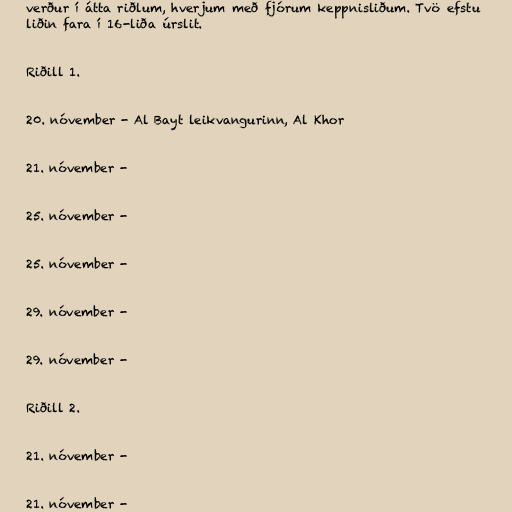
verður í átta riðlum, hverjum með fjórum keppnisliðum. Tvö efstu
liðin fara í 16-liða úrslit.

Riðill 1.

20. nóvember - Al Bayt leikvangurinn, Al Khor

21. nóvember -

25. nóvember -

25. nóvember -

29. nóvember -

29. nóvember -

Riðill 2.

21. nóvember -

21. nóvember -